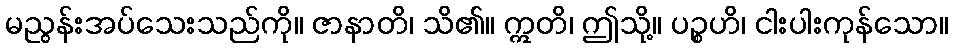
မညွန်းအပ်သေးသည်ကို။ ဇာနာတိ၊ သိ၏။ ဣတိ၊ ဤသို့။ ပဉ္စဟိ၊ ငါးပါးကုန်သော။